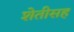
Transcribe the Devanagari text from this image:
शेतीसह